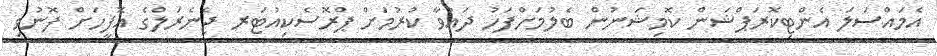
އެމައްސަލަ އެންޓިކޮރަޕްޝަން ކޮމިޝަނުން ބެލުމަށްފަހު ދައުވާ ކުރުމަށް ޕްރޮސެކިއުޓަރ ޖެނެރަލްގެ އޮފީހަށް ފޮނުވި